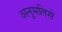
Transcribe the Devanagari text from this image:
अनुमतिसे